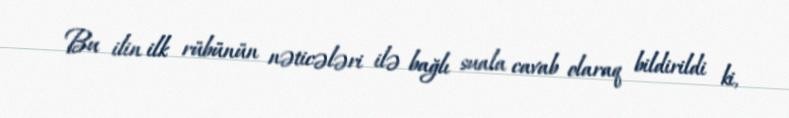
Bu ilin ilk rübünün nəticələri ilə bağlı suala cavab olaraq bildirildi ki,